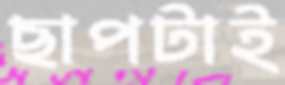
ছাপটাই